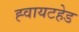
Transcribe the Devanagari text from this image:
ह्वायटहेड